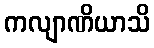
ကလျာဏိယာသိ